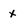
Character: x